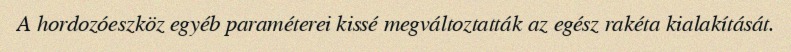
A hordozóeszköz egyéb paraméterei kissé megváltoztatták az egész rakéta kialakítását.